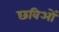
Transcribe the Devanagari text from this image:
छविओं